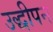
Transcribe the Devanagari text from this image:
उद्धीपन